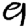
Digit: 9